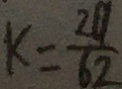
k = \frac { 2 0 } { 6 2 }